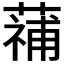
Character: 𮑑